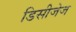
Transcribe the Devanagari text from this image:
डिसीजेज